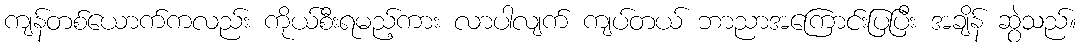
ကျန်တစ်ယောက်ကလည်း ကိုယ်စီးရမည့်ကား လာပါလျက် ကျပ်တယ် ဘာညာအကြောင်းပြပြီး အချိန် ဆွဲသည်။